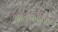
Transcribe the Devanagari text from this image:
आजारांबरोबरच